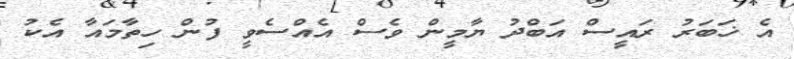
އެ ޚަބަރު ރައީސް އަބްދު ޔާމީން ވެސް އެއްސެވީ ފުން ހިތާމައާ އެކު